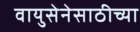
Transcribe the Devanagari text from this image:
वायुसेनेसाठीच्या